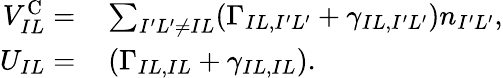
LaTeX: \begin{array}{rl}{V_{IL}^{\mathrm{C}}=}&{{}\sum_{{I^{\prime}L^{\prime}\ne IL}}(\Gamma_{IL,I^{\prime}L^{\prime}}+\gamma_{IL,I^{\prime}L^{\prime}})n_{I^{\prime}L^{\prime}},}\\ {U_{IL}=}&{{}\left(\Gamma_{IL,IL}+\gamma_{IL,IL}\right).}\end{array}